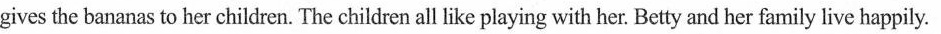
gives the bananas to her children. The children all like playing with her. Betty and her family live happily.